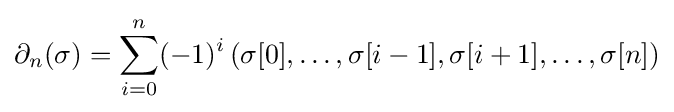
\partial _{n}(\sigma )=\sum _{i=0}^{n}(-1)^{i}\left(\sigma [0],\dots ,\sigma [i-1],\sigma [i+1],\dots ,\sigma [n]\right)